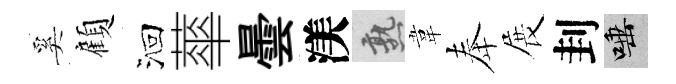
奚顧洄蕐曇渼熟韋奉展刲唾